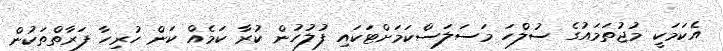
އެކަމަކީ މުޖުތަމައުގެ ސުލްހަ މަސަލަސްކަމަށްޓަކައި ފުލުހުން ކުރާ ކަމެއް ކަން ހުރިހާ ފަރާތްތަކުން